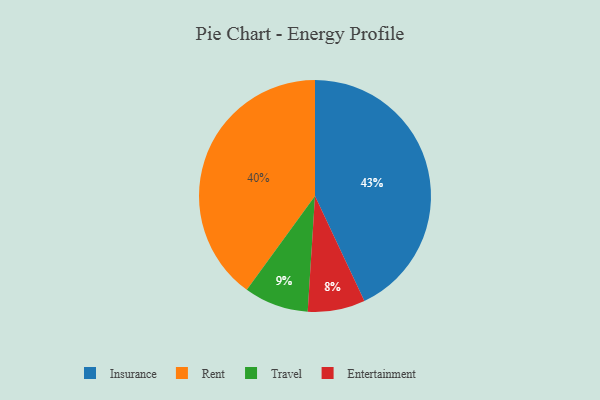
{"axis": {"x": "Category", "y": "Percentage"}, "legend": ["Entertainment", "Insurance", "Rent", "Travel"], "data": [{"x": "Insurance", "y": 43, "type": "Insurance"}, {"x": "Travel", "y": 9, "type": "Travel"}, {"x": "Rent", "y": 40, "type": "Rent"}, {"x": "Entertainment", "y": 8, "type": "Entertainment"}]}